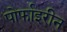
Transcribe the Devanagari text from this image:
पोर्फाइरीन